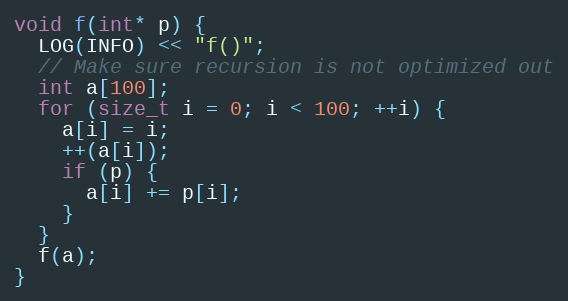
Language: C++
void f(int* p) {
  LOG(INFO) << "f()";
  // Make sure recursion is not optimized out
  int a[100];
  for (size_t i = 0; i < 100; ++i) {
    a[i] = i;
    ++(a[i]);
    if (p) {
      a[i] += p[i];
    }
  }
  f(a);
}